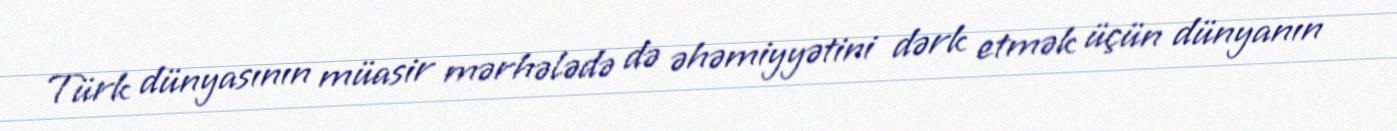
Türk dünyasının müasir mərhələdə də əhəmiyyətini dərk etmək üçün dünyanın